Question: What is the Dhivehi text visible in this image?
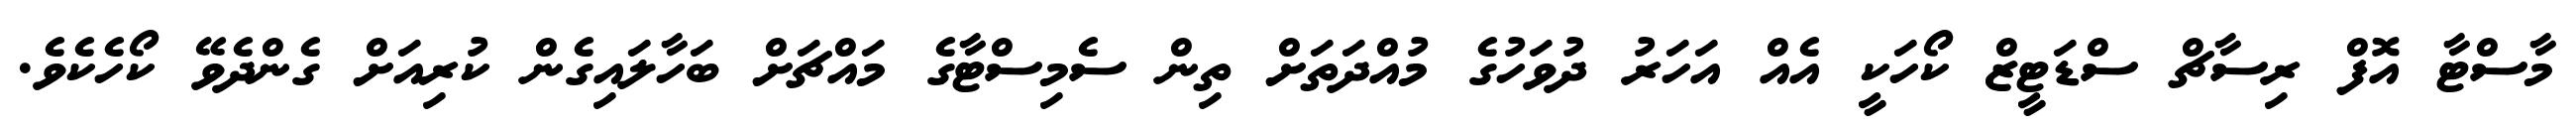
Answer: މާސްޓާ އޮފް ރިސާޗް ސްޑަޓީޒް ކޯހަކީ އެއް އަހަރު ދުވަހުގެ މުއްދަތަށް ތިން ސެމިސްޓާގެ މައްޗަށް ބަހާލައިގެން ކުރިއަށް ގެންދެވޭ ކޯހެކެވެ.